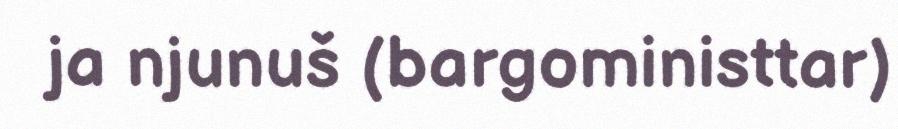
ja njunuš (bargoministtar)